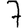
Digit: 7